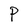
Character: P